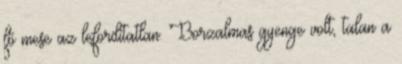
fő mese az lefordítatlan. Borzalmas gyenge volt, talan a